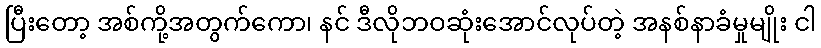
ပြီးတော့ အစ်ကို့အတွက်ကော၊ နင် ဒီလိုဘဝဆုံးအောင်လုပ်တဲ့ အနစ်နာခံမှုမျိုး ငါ